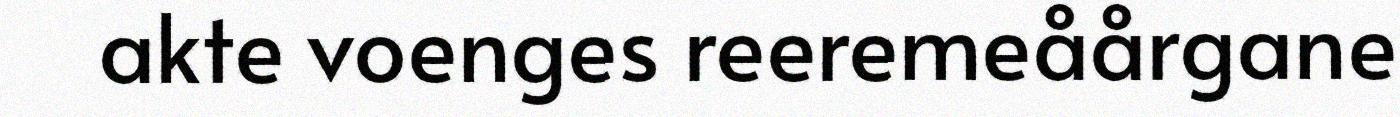
akte voenges reeremeåårgane